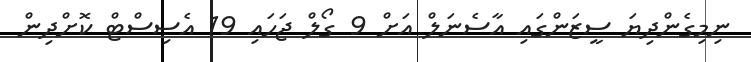
ނިމިގެންދިޔަ ސީޒަންގައި އާސެނަލް އަށް 9 ގޯލް ޖަހައި 19 އެސިސްޓް ކޮށްދިން